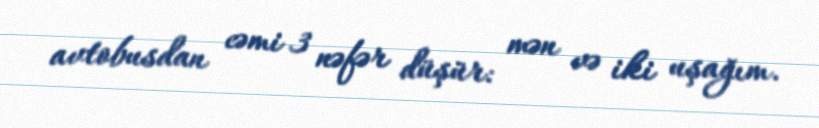
avtobusdan cəmi 3 nəfər düşür: mən və iki uşağım.